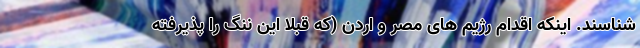
شناسند. اینکه اقدام رژیم های مصر و اردن (که قبلا این ننگ را پذیرفته